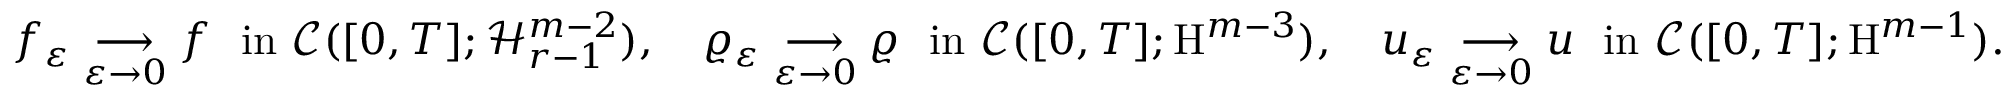
\begin{array} { r } { f _ { \varepsilon } \underset { \varepsilon \rightarrow 0 } { \longrightarrow } f \ \ \mathrm { i n } \ \mathscr { C } ( [ 0 , T ] ; \mathcal { H } _ { r - 1 } ^ { m - 2 } ) , \ \ \ \varrho _ { \varepsilon } \underset { \varepsilon \rightarrow 0 } { \longrightarrow } \varrho \ \ \mathrm { i n } \ \mathscr { C } ( [ 0 , T ] ; \mathrm { H } ^ { m - 3 } ) , \ \ \ u _ { \varepsilon } \underset { \varepsilon \rightarrow 0 } { \longrightarrow } u \ \ \mathrm { i n } \ \mathscr { C } ( [ 0 , T ] ; \mathrm { H } ^ { m - 1 } ) . } \end{array}